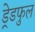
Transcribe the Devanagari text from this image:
ड्रेडफुल